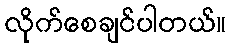
လိုက်စေချင်ပါတယ်။